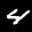
Label: 4